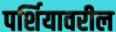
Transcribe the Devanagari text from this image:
पर्शियावरील